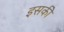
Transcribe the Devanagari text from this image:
इसकीे